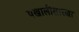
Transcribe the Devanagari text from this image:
पखालीसारखा